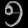
Digit: ၅